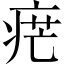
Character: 𤶼